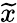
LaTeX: \widetilde{x}